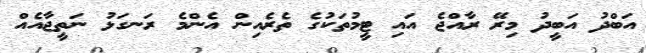
އަބްދު އަބީދު މިރޭ ރާއްޖެ އައި ޓީމުތަކުގެ ތެރެއިން އެންމެ ރަނގަޅު ނަތީޖާއެއް